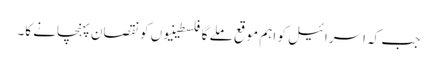
جب کہ اسرائیل کو اہم موقع ملے گا فلسطینیوں کو نقصان پہنچانے کا۔